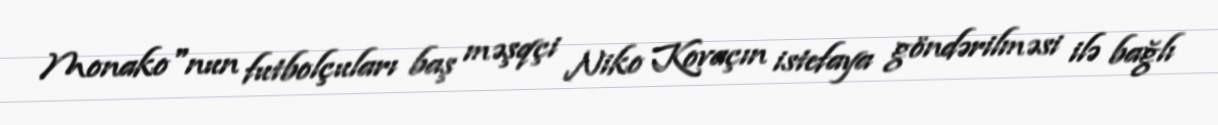
Monako"nun futbolçuları baş məşqçi Niko Kovaçın istefaya göndərilməsi ilə bağlı